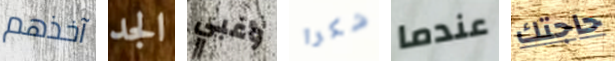
آخذهم الجد وغبي شكرا عندما حاجتك